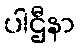
ပါဌီနာ